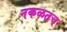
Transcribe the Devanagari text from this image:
नकळतच